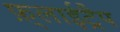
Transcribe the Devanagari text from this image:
फ़्लाईट्रैप